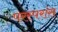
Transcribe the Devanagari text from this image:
परस्परांस